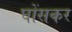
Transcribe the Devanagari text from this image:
घोंसकर